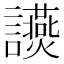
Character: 𧮃